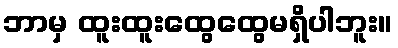
ဘာမှ ထူးထူးထွေထွေမရှိပါဘူး။